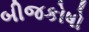
બીજકોષો